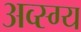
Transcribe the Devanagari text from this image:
अव्स्ग्य